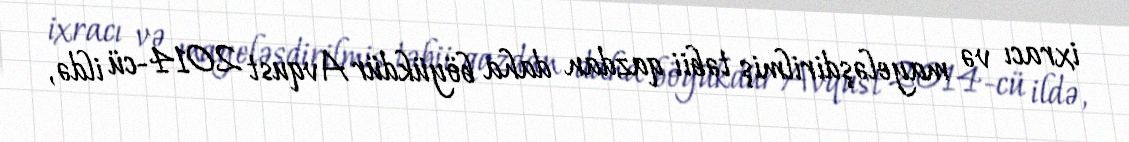
ixracı və mayeləşdirilmiş təbii qazdan daha böyükdür Avqust 2014-cü ildə,